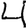
Digit: 4